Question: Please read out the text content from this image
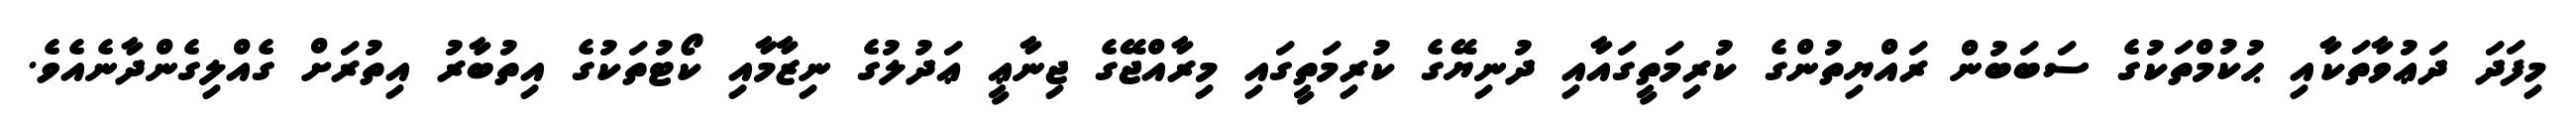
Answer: މިފަދަ ދަޢުވާތަކާއި ޙުކުމްތަކުގެ ސަބަބުން ރައްޔިތުންގެ ކުރިމަތީގައާއި ދުނިޔޭގެ ކުރިމަތީގައި މިރާއްޖޭގެ ޖިނާޢީ ޢަދުލުގެ ނިޒާމާއި ކޯޓުތަކުގެ އިތުބާރު އިތުރަށް ގެއްލިގެންދާނެއެވެ.